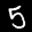
Label: 5